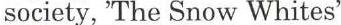
society, 'The Snow Whites'